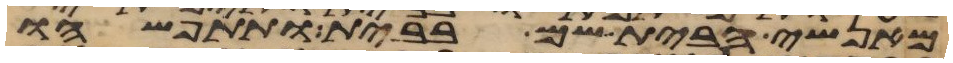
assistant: מאנשי הבית שם בבית ותתפשהו